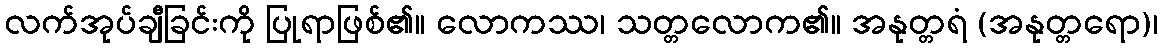
လက်အုပ်ချီခြင်းကို ပြုရာဖြစ်၏။ လောကဿ၊ သတ္တလောက၏။ အနုတ္တရံ (အနုတ္တရော)၊